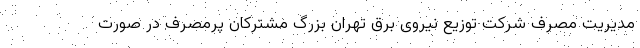
مدیریت مصرف شرکت توزیع نیروی برق تهران بزرگ مشترکان پرمصرف در صورت